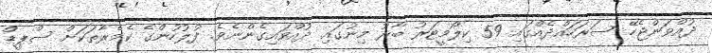
ދުއްވަންޖެހޭ ސަރަހައްދެއްގައި 59 ކިލޯމީޓަރު ބާރު މިނުގައި ދުއްވައިގެންނެވެ. ފުލުހުންގެ ކެމެރާތަކަށް ސްޕީޑް